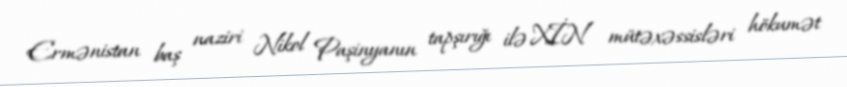
Ermənistan baş naziri Nikol Paşinyanın tapşırığı ilə XİN mütəxəssisləri hökumət